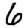
Digit: 6